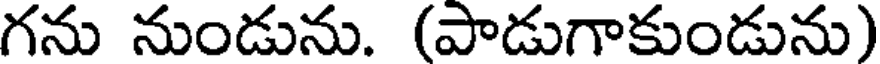
గను నుండును. (పాడుగాకుండును)